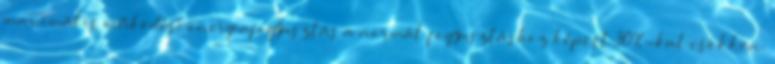
maximális működési energiafogyasztás a normál fogyasztáshoz képest 30%-kal csökken.